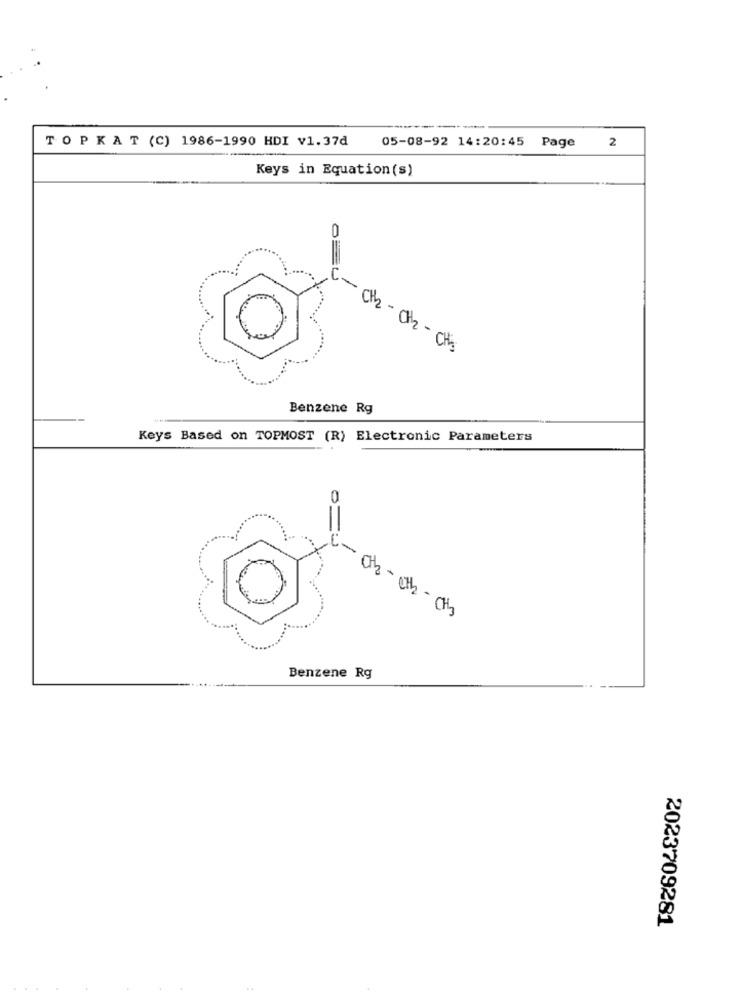
TOPKAT (C) 1986-1990 HDI v1.37d
2
05-08-92 14:20:45 Page
Keys in Equation (s)
CH2 - CH2 - CH's
Benzene Rg
Keys Based on TOPMOST (R) Electronic Parameters
0
C-ab-eth -Cts
Benzene Rg
2023709281